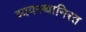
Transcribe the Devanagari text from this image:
व्यवस्थानिरत